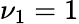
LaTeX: \nu_{1}=1